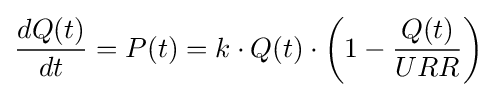
{\frac {dQ(t)}{dt}}=P(t)=k\cdot Q(t)\cdot \left(1-{\frac {Q(t)}{URR}}\right)